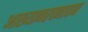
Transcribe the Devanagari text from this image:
आख्यानरचनापण